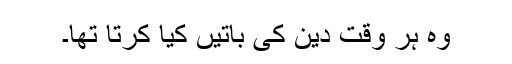
وہ ہر وقت دین کی باتیں کیا کرتا تھا۔